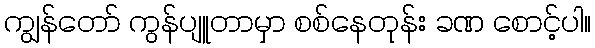
ကျွန်တော် ကွန်ပျူတာမှာ စစ်နေတုန်း ခဏ စောင့်ပါ။